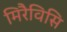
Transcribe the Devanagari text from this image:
मिरैविसि